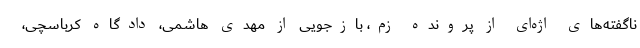
ناگفته‌های اژه‌ای از پرونده زم، بازجویی از مهدی هاشمی، دادگاه کرباسچی،